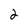
Character: 2